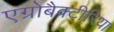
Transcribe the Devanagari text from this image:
एग्रोबैक्टीरिया